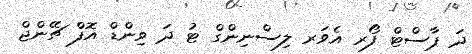
ދަ ޕާސްޓް ފޯރ އެވަރ ލިސްނިންގް ޓު ދަ ވިންޑް އޮފް ޗޭންޖް